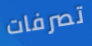
تصرفات